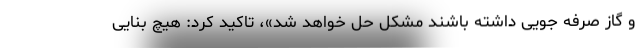
و گاز صرفه جویی داشته باشند مشکل حل خواهد شد»، تاکید کرد: هیچ بنایی